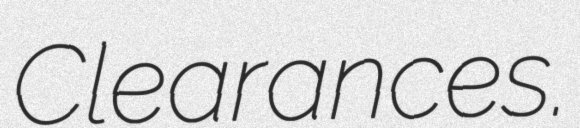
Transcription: Clearances.